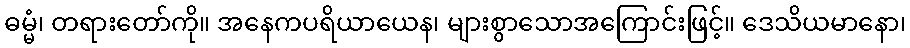
ဓမ္မံ၊ တရားတော်ကို။ အနေကပရိယာယေန၊ များစွာသောအကြောင်းဖြင့်။ ဒေသိယမာနော၊